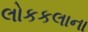
લોકકલાના